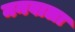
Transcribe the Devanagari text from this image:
मनवाला